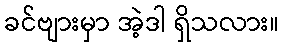
ခင်ဗျားမှာ အဲ့ဒါ ရှိသလား။